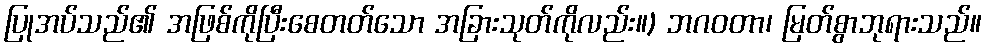
ပြုအပ်သည်၏ အဖြစ်ကိုပြီးစေတတ်သော အခြားသုတ်ကိုလည်း။) ဘဂဝတာ၊ မြတ်စွာဘုရားသည်။